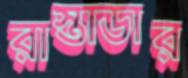
রাস্তাডার